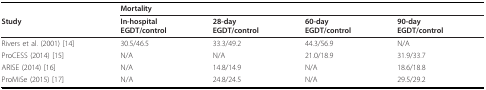
<table><thead><tr><td></td><td colspan="4"><b>Mortality</b></td></tr><tr><td><b>Study</b></td><td><b>In-hospitalEGDT/control</b></td><td><b>28-dayEGDT/control</b></td><td><b>60-dayEGDT/control</b></td><td><b>90-dayEGDT/control</b></td></tr></thead><tbody><tr><td>Rivers et al. (2001) [14]</td><td>30.5/46.5</td><td>33.3/49.2</td><td>44.3/56.9</td><td>N/A</td></tr><tr><td>ProCESS (2014) [15]</td><td>N/A</td><td>N/A</td><td>21.0/18.9</td><td>31.9/33.7</td></tr><tr><td>ARISE (2014) [16]</td><td>N/A</td><td>14.8/14.9</td><td>N/A</td><td>18.6/18.8</td></tr><tr><td>ProMiSe (2015) [17]</td><td>N/A</td><td>24.8/24.5</td><td>N/A</td><td>29.5/29.2</td></tr></tbody></table>